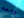
ومعه